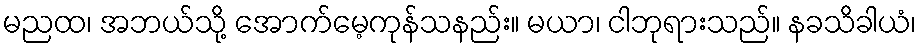
မညထ၊ အဘယ်သို့ အောက်မေ့ကုန်သနည်း။ မယာ၊ ငါဘုရားသည်။ နခသိခါယံ၊